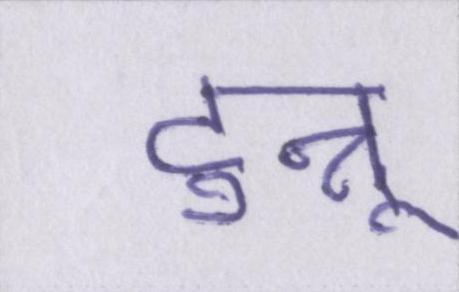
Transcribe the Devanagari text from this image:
टुन्नू